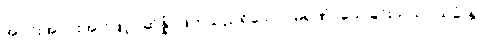
အပိုင်းအပိုင်းအားဖြင့်။ ဆိန္နံ၊ ဖြတ်သည်ရှိသော်။ မရဏံ၊ သေခြင်းသည်။ သုခံ နု၊